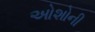
ઓશોની